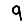
Digit: 9